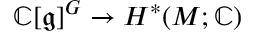
\mathbb { C } [ { \mathfrak { g } } ] ^ { G } \to H ^ { * } ( M ; \mathbb { C } )